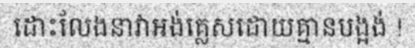
ដោះលែងនាវាអង់គ្លេសដោយគ្មានបង្អង់ !